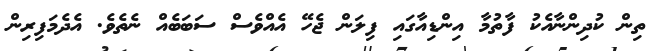
ތިން ކުދިންނާއެކު ފާތުމާ އިންޑިއާގައި ފިލަން ޖެހޭ އެއްވެސް ސަބަބެއް ނެތެވެ. އެދެމަފިރިން